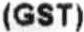
(GST)